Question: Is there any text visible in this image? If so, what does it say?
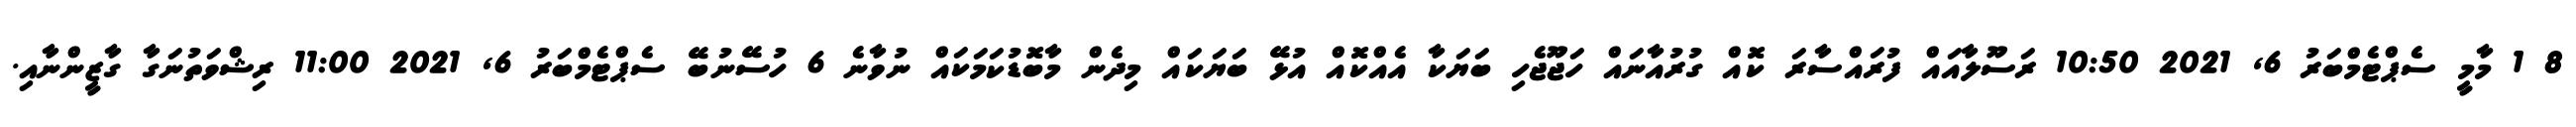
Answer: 8 1 މާމީ ސެޕްޓެމްބަރު 6, 2021 10:50 ރަސޫލާއައް ފުރައްސާރަ ކޮއް ގުރުއާނައް ހަޖޫޖެހި ބަޔަކާ އެއްކޮއް އުޅޭ ބަޔަކައް މިދެން މާބޮޑުކަމަކައް ނުވާނެ 6 ހުސޭނުބޭ ސެޕްޓެމްބަރު 6, 2021 11:00 ރިޝްވަތުނަގާ ގާޒީންނާއި.